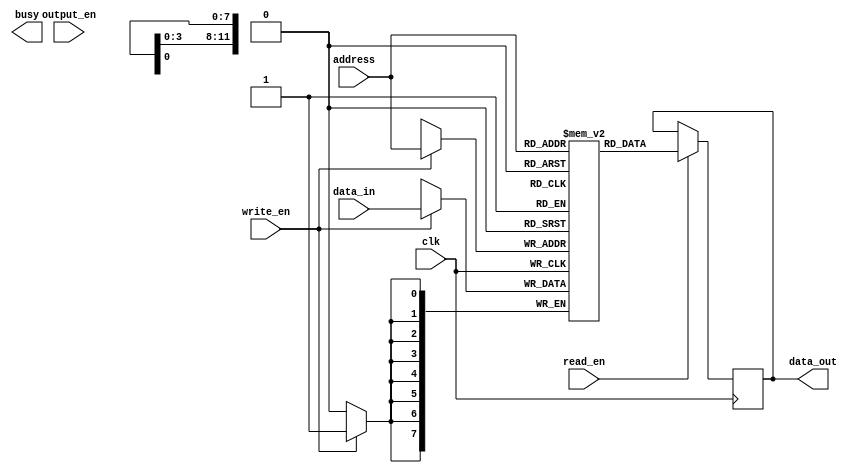
module QDR_SRAM (
    input wire [11:0] address,
    input wire [7:0] data_in,
    output reg [7:0] data_out,
    input wire clk,
    input wire read_en,
    input wire write_en,
    input wire output_en,
    output wire busy
);

reg [7:0] memory [0:4095]; // Memory block with 4096 locations

always @(posedge clk) begin
    if (read_en) begin
        data_out <= memory[address];
    end

    if (write_en) begin
        memory[address] <= data_in;
    end
end

endmodule